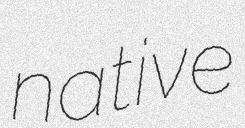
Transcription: native